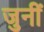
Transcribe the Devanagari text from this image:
जुनीं